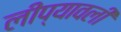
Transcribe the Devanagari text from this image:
लीप्यावली